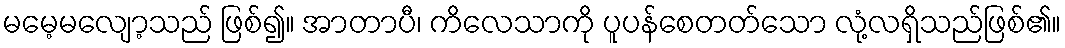
မမေ့မလျော့သည် ဖြစ်၍။ အာတာပီ၊ ကိလေသာကို ပူပန်စေတတ်သော လုံ့လရှိသည်ဖြစ်၏။